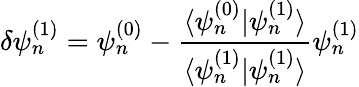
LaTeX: \delta\psi_{n}^{(1)}=\psi_{n}^{(0)}-\frac{\langle\psi_{n}^{(0)}|\psi_{n}^{(1)}\rangle}{\langle\psi_{n}^{(1)}|\psi_{n}^{(1)}\rangle}\psi_{n}^{(1)}